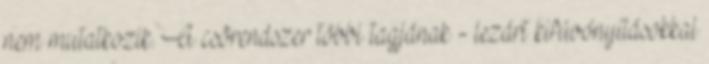
nem mutatkozik. A csõrendszer többi tagjának - lezárt kifúvónyílásokkal